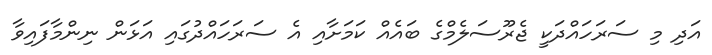
އަދި މި ސަރަހައްދަކީ ޖެރޫސަލެމްގެ ބައެއް ކަމަށާއި އެ ސަރަހައްދުގައި އަޅަން ނިންމާފައިވާ